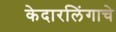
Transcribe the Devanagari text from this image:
केदारलिंगाचे